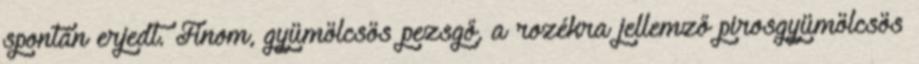
spontán erjedt. Finom, gyümölcsös pezsgő, a rozékra jellemző pirosgyümölcsös